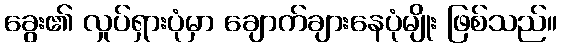
ခွေး၏ လှုပ်ရှားပုံမှာ ချောက်ချားနေပုံမျိုး ဖြစ်သည်။